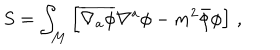
S = \int _ { \mathcal M } \left[ \overline { { { \nabla _ { a } \phi } } } \nabla ^ { a } \phi - m ^ { 2 } \bar { \phi } \phi \right] \, ,